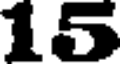
15